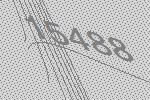
15488